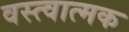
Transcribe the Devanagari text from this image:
वस्त्वात्मक